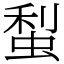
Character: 䖽